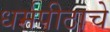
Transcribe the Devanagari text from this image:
धर्मपीठाचे